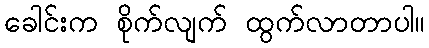
ခေါင်းက စိုက်လျက် ထွက်လာတာပါ။